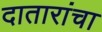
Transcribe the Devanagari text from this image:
दातारांचा